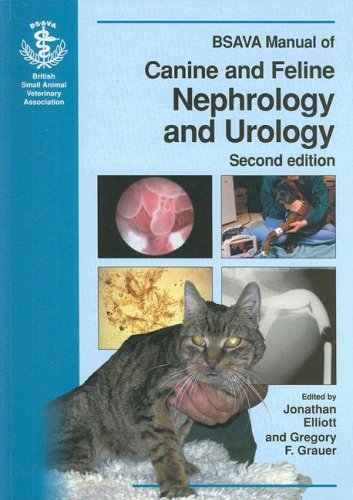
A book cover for BSAVA Manual of Canine and Feline Nephrology and Urology; Medical Books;